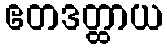
ဧတဒတ္ထာယ